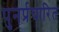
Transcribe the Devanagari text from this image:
पुनर्प्रचारित